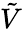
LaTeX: \tilde{V}